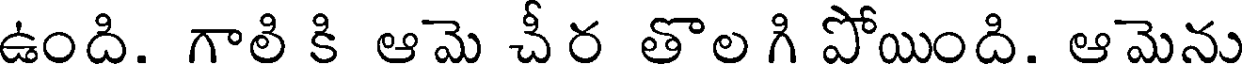
ఉంది. గాలి కి ఆమె చీర తొల గి పోయింది. ఆమెను